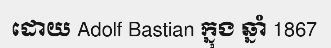
ដោយ Adolf Bastian ក្នុង ឆ្នាំ 1867